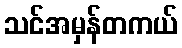
သင်အမှန်တကယ်